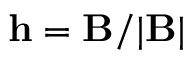
\mathbf { h } = \mathbf { B } / | \mathbf { B } |